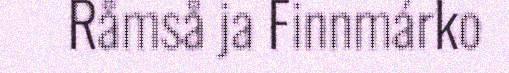
Råmså ja Finnmárko